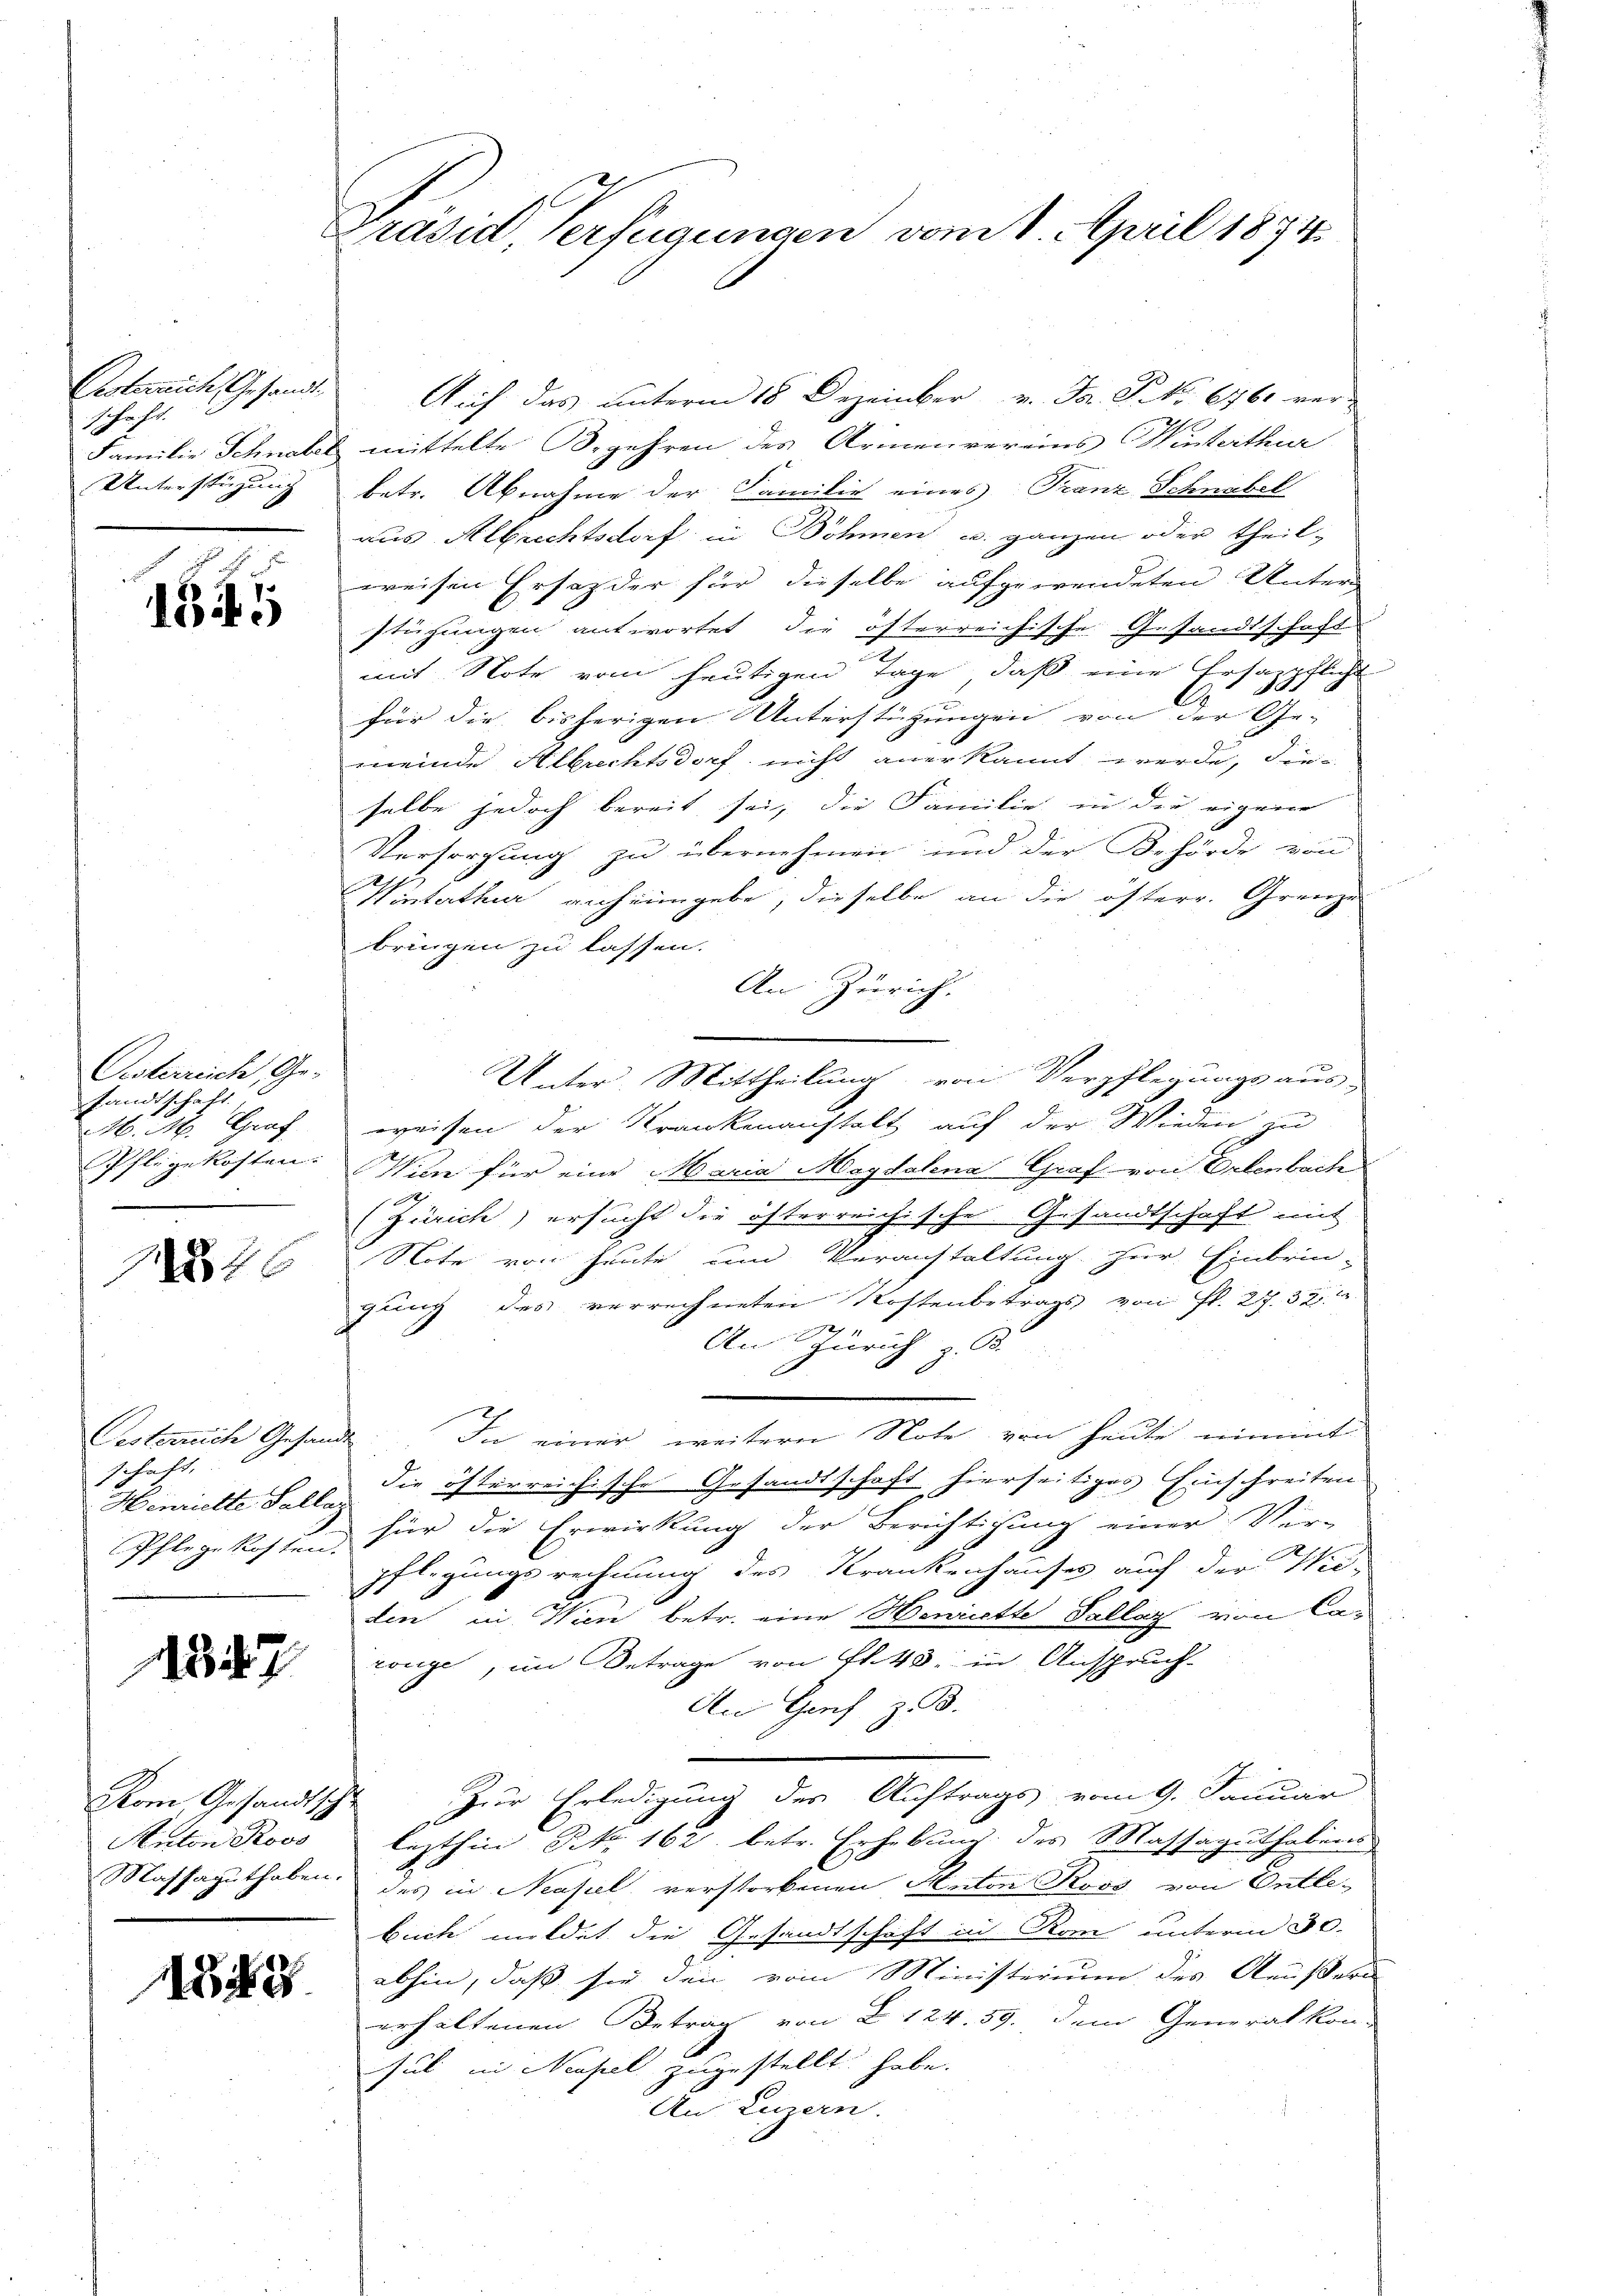
Protorrich Gesandtschaft.
Unterstüzung |

1341

Osterreich, Ge-
sandtschaft
M. M. Graf

1840

schaft.
Henriette Sallaz
Pflegekosten.

1347

Kom, Gesandtschle

1542

Präsid, Verfügungen vom 1. April 1874

Auf das unterm 18 Dezember v. Fr. P. No. 6761 ver-
Familie Schnall mittelte Begehren des Armenvereins Winterthur
betr. Abnahme der Familie eines Franz Schnabel
aus Albrechtsdorf in Böhmen u. ganzen oder theilweisen Ersatz der für dieselbe aufgewendeten Unter-
stüzungen antwortet die öfterreichische Gesandtschaft
mit Note vom heutigen Tage, daß eine Ersazpflicht
C
für die bisherigen Unterstützungen von der Ge-
meinde Albrechtsdorf nicht anerkannt werde, die-
selbe jedoch bereit sei, die Familie in die eigene
Versorgung zu übernehmen und der Behörde von
Winterthur anheimgebe, dieselbe an die österr. Grenze
bringen zu lassen.
An Zürich.
Unter-Mittheilung von Verpflegungs aus-
weisen der Krankenanstalt auf der Wieden zu
Pflegekosten. Wie für eine Maria Magdalena Graf von Erlenbach
(Zürich) ersucht die österreichische Gesandtschaft mit
Note von heute um Veranstaltung zur Einbrin-
gung des verrechneten Kostenbetrags von fl. 2. 321. 2.
An Zürich z. B.
Oesterrich Gesandt: In einer weitern Note von heute nimmt
die österreichische Gesandtschaft hierseitiges Einschreiten
für die Erwirkung der Berichtigung einer Vor-
pflegungsrechnung des Krankenhauses auch der Wie-
1
den in Wien betr. eine Henriette Tallaz von Ca-
zange, im Betrage von fl. 43. in Anspruch-
An Genf z. B.
Zur Erledigung des Auftrags vom 9. Januar
Anton Roos lezthin Nr. 162. betr. Erhebung des Massaguthabens
Massaguthaben des in Neapel verstorbenen Anton Roos von Entle-
buch meldet die Gesandtschaft in Rom unterm 30.
abhin, daß sie den vom Ministerium des Aeußern
erhaltenen Betrag von § 124. 59. dem Generalkon-
sul in Neapel zugestellt habe.
Au Luzern.